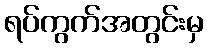
ရပ်ကွက်အတွင်းမှ